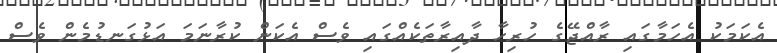
އެކަމަކު އެހަމާގައި ރާއްޖޭގެ ހުރިހާ ދާއިރާތަކެއްގައި ވެސް އެކަން ކުރާނަމަ އަޅުގަނޑުމެން ވެސް